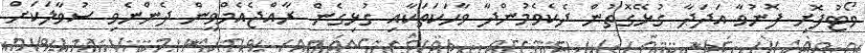
ވޯޓުފޮށި ފޮނުވާ އަދަދާ ގުޅޭގޮތުން ދެކެވެމުންދާ ވާހަކަތަކާއި ގުޅިގެން ރާއްޖެއެމްވީން ދެންނެވި ސުވާލަކަށް